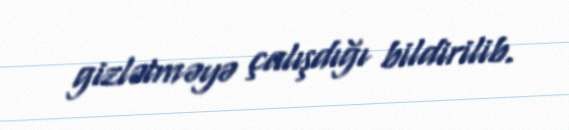
gizlətməyə çalışdığı bildirilib.